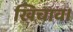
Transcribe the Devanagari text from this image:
खिचाव।